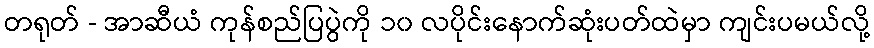
တရုတ် - အာဆီယံ ကုန်စည်ပြပွဲကို ၁၀ လပိုင်းနောက်ဆုံးပတ်ထဲမှာ ကျင်းပမယ်လို့